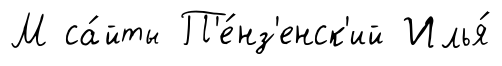
М са́йты П'е́нз'енск'ий Илья́